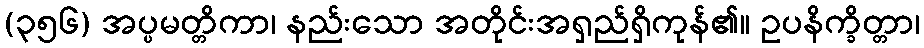
(၃၅၆) အပ္ပမတ္တိကာ၊ နည်းသော အတိုင်းအရှည်ရှိကုန်၏။ ဥပနိက္ခိတ္တာ၊